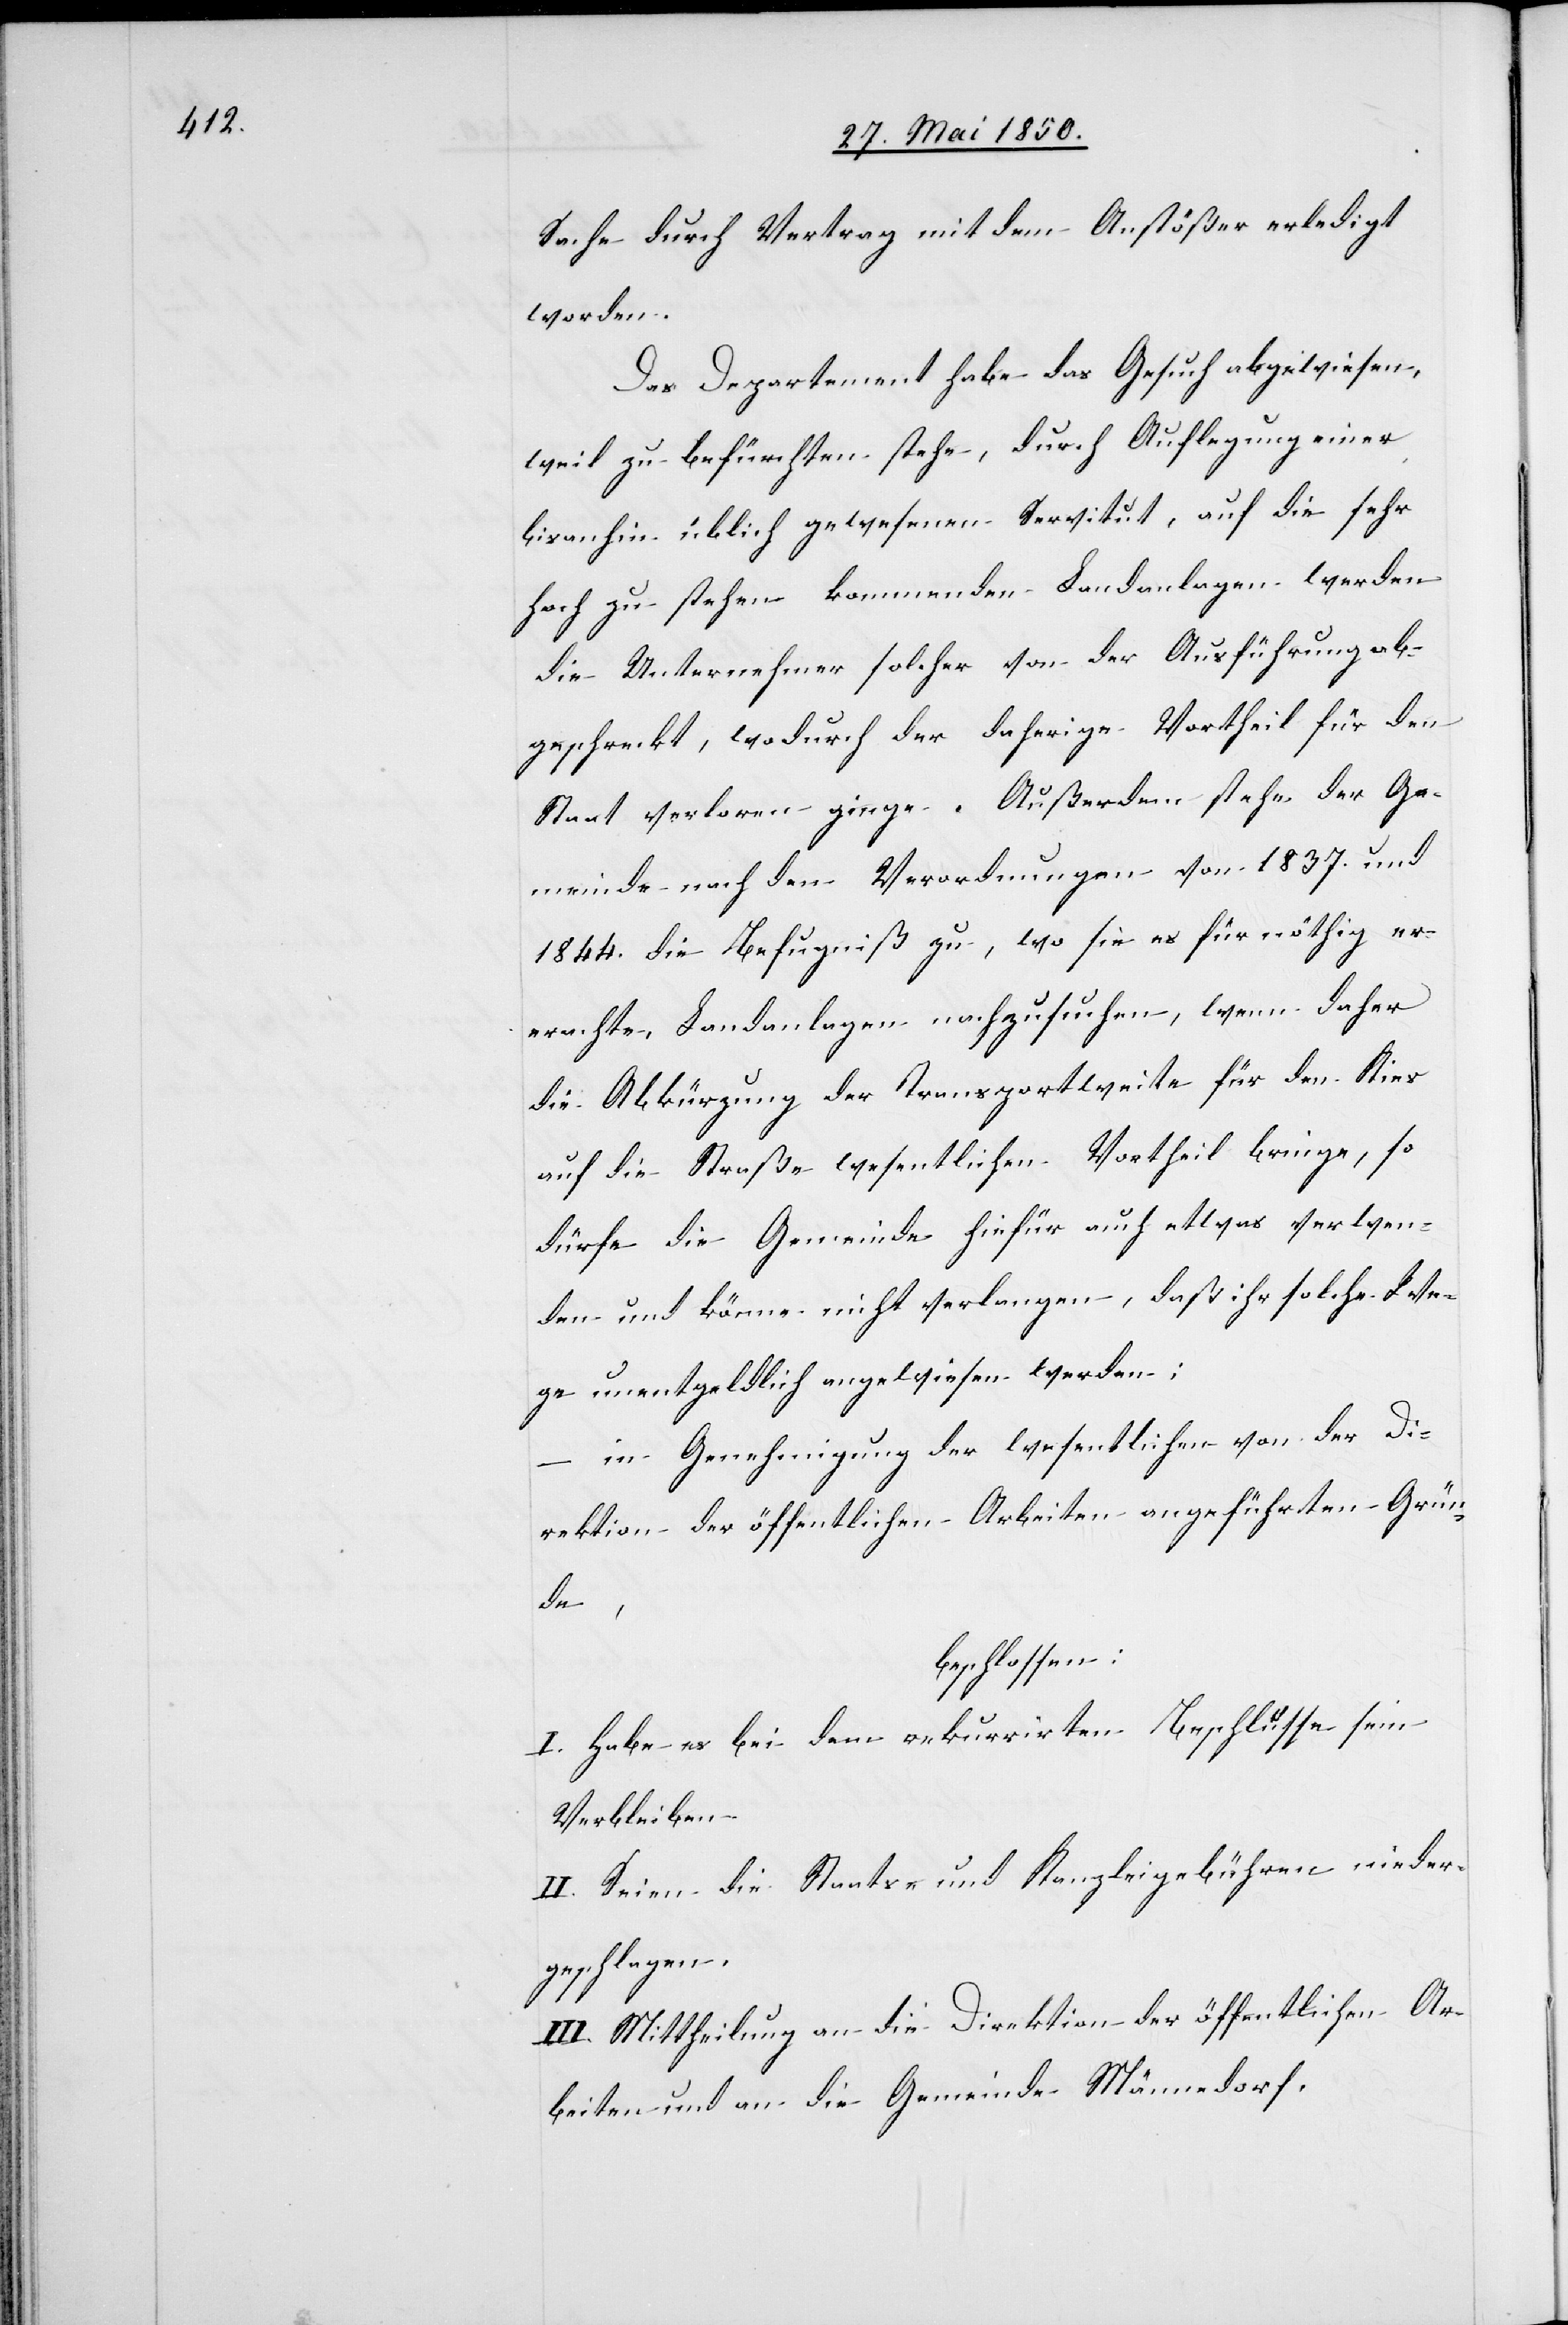
erachte

Sache durch Vertrag mit dem Anstößer erledigt
worden.
Das Departement habe das Gesuch abgewiesen,
weil zu befürchten stehe, durch Auflegung einer
bisanhin üblich gewesenen Servitut, auf die sehr
hoch zu stehen kommenden Landanlagen werden
die Unternehmer solcher von der Ausführung ab¬
geschreckt, wodurch der daherige Vortheil für den
Staat verloren ginge. Außerdem stehe der Ge¬
meinde nach den Verordnungen von 1837. und
1844. die Befugniß zu, wo sie es für nöthig er¬
[sic!], Landanlagen nachzusuchen, wenn daher
die Abkürzung der Transportweite für den Kies
auf die Straße wesentlichen Vortheil bringe, so
dürfe die Gemeinde hiefür auch etwas verwen¬
den und könne nicht verlangen, daß ihr solche We¬
ge unentgeldlich angewiesen werden;
– in Genehmigung der wesentlichen von der Di¬
rektion der öffentlichen Arbeiten angeführten Grün¬
de,
beschlossen:
I. Habe es bei dem rekurrirten Beschlusse sein
Verbleiben
II. Seien die Staats- und Kanzleigebühren nieder¬
geschlagen.
III. Mittheilung an die Direktion der öffentlichen Ar¬
beiten und an die Gemeinde Männedorf.